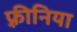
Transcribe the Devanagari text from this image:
फ़्रीनिया